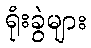
ရုံးခွဲများ